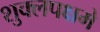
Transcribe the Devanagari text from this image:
शुक्लपक्षमे